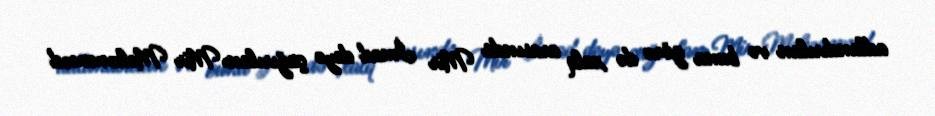
adlandırılan və buna görə də xalq arasında Mir İmad deyə çağırılan Mir Məhəmməd